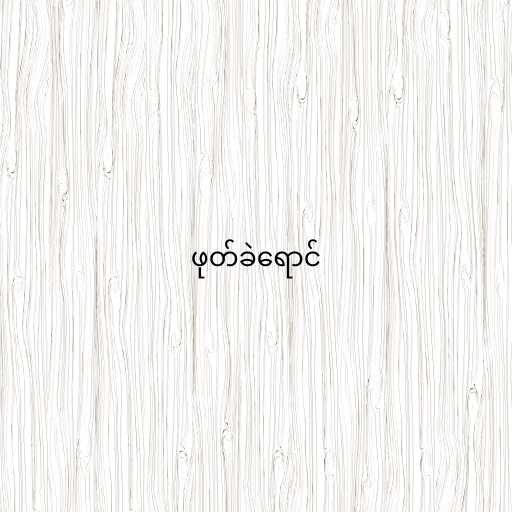
ဖုတ်ခဲရောင်